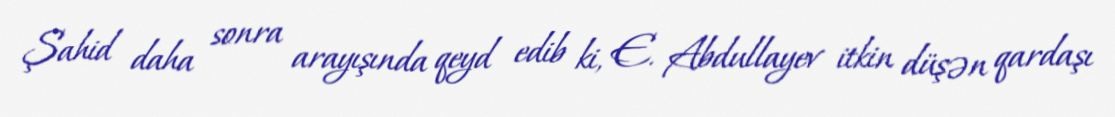
Şahid daha sonra arayışında qeyd edib ki, E. Abdullayev itkin düşən qardaşı